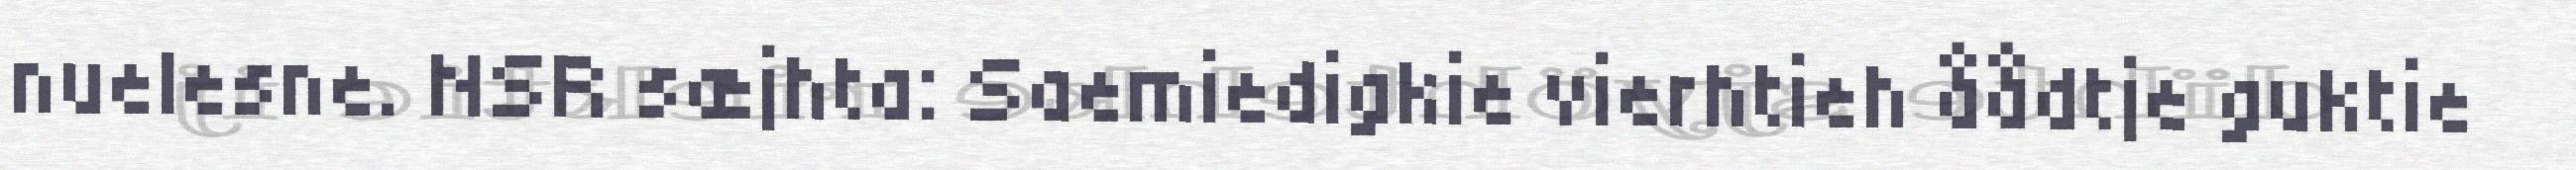
nuelesne. NSR sæjhta: Saemiedigkie vierhtieh åådtje guktie